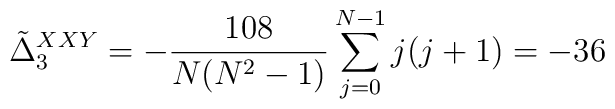
\tilde{\Delta}_3^{XXY} = - {108 \over N(N^2-1)} \sum_{j=0}^{N-1} j(j+1) = -36